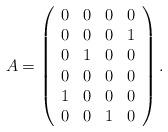
LaTeX: \begin{align*}A=\left(\begin{array}{cccc}0&0&0&0\\0&0&0&1\\0&1&0&0\\0&0&0&0\\1&0&0&0\\0&0&1&0\end{array} \right).\end{align*}